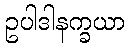
ဥပါဒါနက္ခယာ